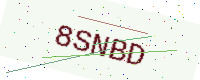
Text: 8SNBD